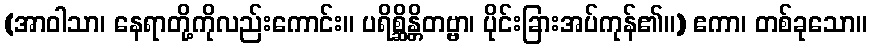
(အာဝါသာ၊ နေရာတို့ကိုလည်းကောင်း။ ပရိစ္ဆိန္တိတဗ္ဗာ၊ ပိုင်းခြားအပ်ကုန်၏။) ဧကာ၊ တစ်ခုသော။